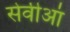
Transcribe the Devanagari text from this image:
सेवीआं